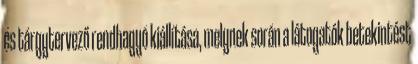
és tárgytervező rendhagyó kiállítása, melynek során a látogatók betekintést